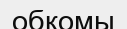
обкомы